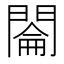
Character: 𰿡